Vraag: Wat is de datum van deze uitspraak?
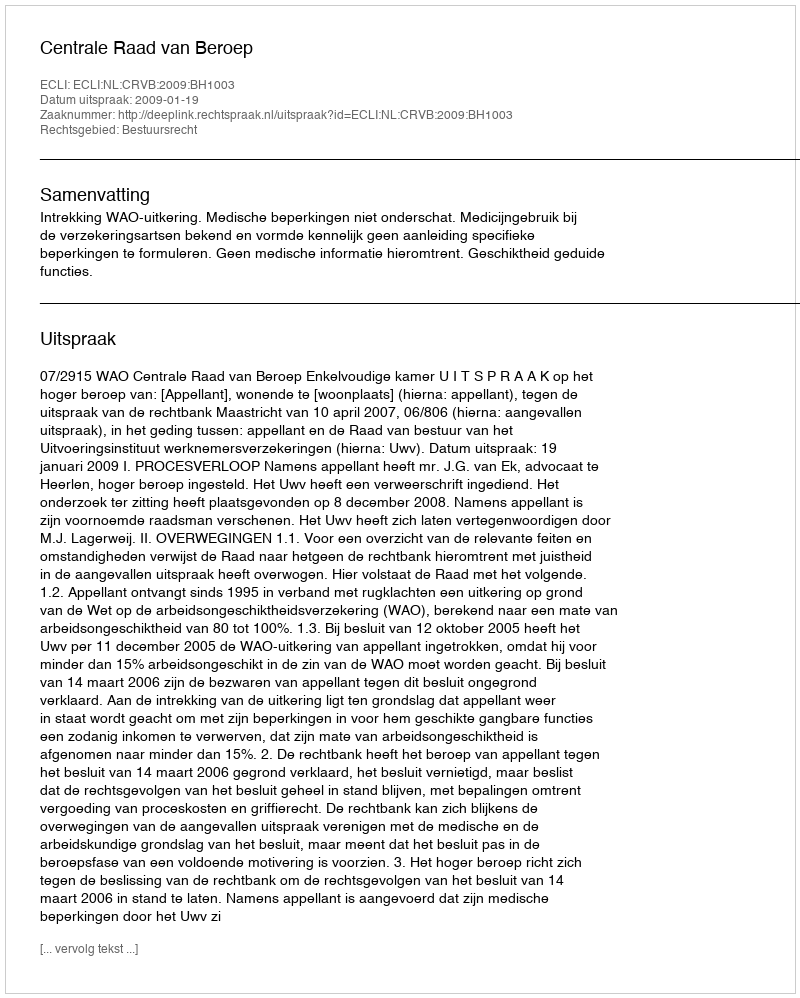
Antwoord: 2009-01-19